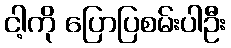
ငါ့ကို ပြောပြစမ်းပါဦး